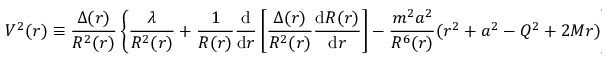
V ^ { 2 } ( r ) \equiv { \frac { \Delta ( r ) } { R ^ { 2 } ( r ) } } \left\{ \frac { \lambda } { R ^ { 2 } ( r ) } + \frac { 1 } { R ( r ) } \frac { \mathrm { d } } { \mathrm { d } r } \left[ \frac { \Delta ( r ) } { R ^ { 2 } ( r ) } \frac { \mathrm { d } R ( r ) } { \mathrm { d } r } \right] - { \frac { m ^ { 2 } a ^ { 2 } } { R ^ { 6 } ( r ) } } ( r ^ { 2 } + a ^ { 2 } - Q ^ { 2 } + 2 M r ) \right\} ,